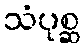
သံပုစ္ဆ